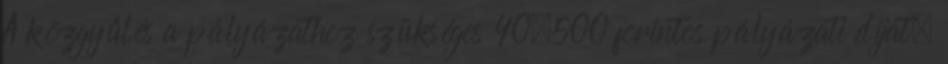
A közgyűlés a pályázathoz szükséges 40.500 forintos pályázati díjat,